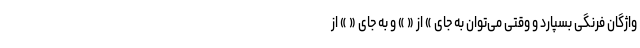
واژگان فرنگی بسپارد و وقتی می‌توان به جای » از « » و به جای « » از